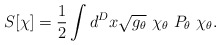
\begin{align*}S[\chi]={1\over 2}\int d^{D}x\sqrt{g_\theta}\ \chi_\theta\ P_\theta\ \chi_\theta .\end{align*}